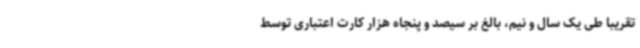
تقریباً طی یک سال و نیم، بالغ بر سیصد و پنجاه هزار کارت اعتباری توسط